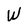
Character: W